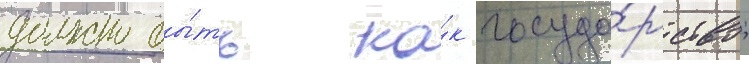
должно бы́ть ка́к госуда́рство;